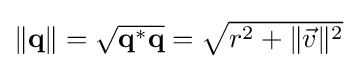
{\textstyle \|\mathbf {q} \|={\sqrt {\mathbf {q} ^{*}\mathbf {q} }}={\sqrt {r^{2}+\|{\vec {v}}\|^{2}}}}